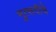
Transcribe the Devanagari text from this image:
मुत्सदीचे